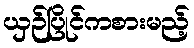
ယှဉ်ပြိုင်ကစားမည့်